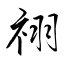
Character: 祤